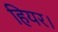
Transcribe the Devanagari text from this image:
हियर।